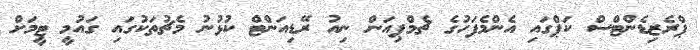
ޕްރެޒިޑެންޓްސް ކަޕްގައި އެންމެފަހުގެ ޗެމްޕިއަން ނިއު ރޭޑިއަންޓް ކުޅުނު މެޗުތަކުގައި ގައުމީ ޓީމަށް